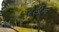
પરીન